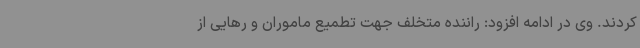
کردند. وی در ادامه افزود: راننده متخلف جهت تطمیع ماموران و رهایی از